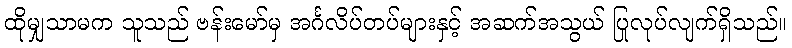
ထိုမျှသာမက သူသည် ဗန်းမော်မှ အင်္ဂလိပ်တပ်များနှင့် အဆက်အသွယ် ပြုလုပ်လျက်ရှိသည်။